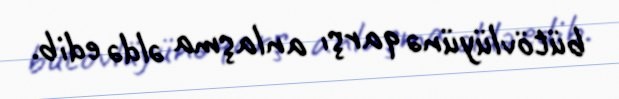
bütövlüyünə qarşı anlaşma əldə edib.